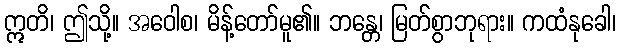
ဣတိ၊ ဤသို့။ အဝေါစ၊ မိန့်တော်မူ၏။ ဘန္တေ၊ မြတ်စွာဘုရား။ ကထံနုခေါ၊